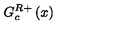
G _ { c } ^ { R } { } ^ { + } \left( x \right)